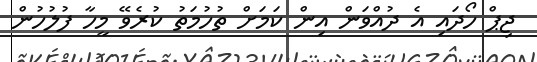
ޖިޕް ހޯދައި އެ ދުއްވަން އިން ކަމަށް ތުހުމަތު ކުރެވޭ މީހާ ފުލުހުން